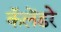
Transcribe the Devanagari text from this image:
कॅलेंडरे